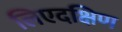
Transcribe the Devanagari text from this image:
लिएदक्षिण